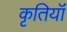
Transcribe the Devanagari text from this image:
कृतियॉं